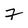
Character: 7